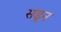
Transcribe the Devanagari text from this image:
सडून